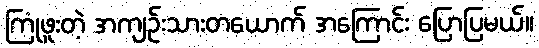
ကြုံဖူးတဲ့ အကျဉ်းသားတယောက် အကြောင်း ပြောပြမယ်။